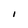
Character: I